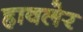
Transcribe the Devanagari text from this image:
हावलेर